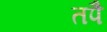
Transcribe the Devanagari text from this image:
तपै